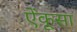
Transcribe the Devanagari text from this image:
ऐंकूसा